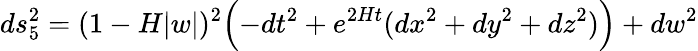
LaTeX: ds_{5}^{2}=(1-H|w|)^{2}\Bigl(-dt^{2}+e^{2Ht}(dx^{2}+dy^{2}+dz^{2})\Bigr)+dw^{2}